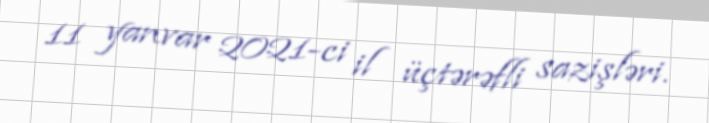
11 yanvar 2021-ci il üçtərəfli sazişləri.